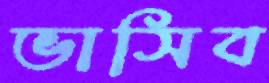
ভাসিব